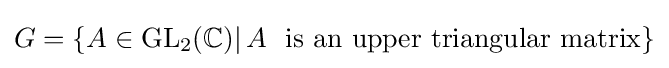
G=\{A\in {\text{GL}}_{2}(\mathbb {C} )|\,A\,\,{\text{ is an upper triangular matrix}}\}